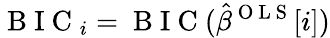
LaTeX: \mathrm{~B~I~C~}_{i}=\mathrm{~B~I~C~}(\hat{\beta}^{\mathrm{~O~L~S~}}[i])